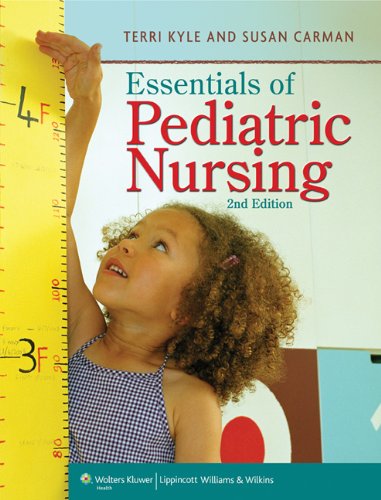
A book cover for Essentials of Pediatric Nursing; Theresa Kyle MSN  CPNP; Medical Books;